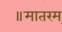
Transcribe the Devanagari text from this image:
॥मातरम्